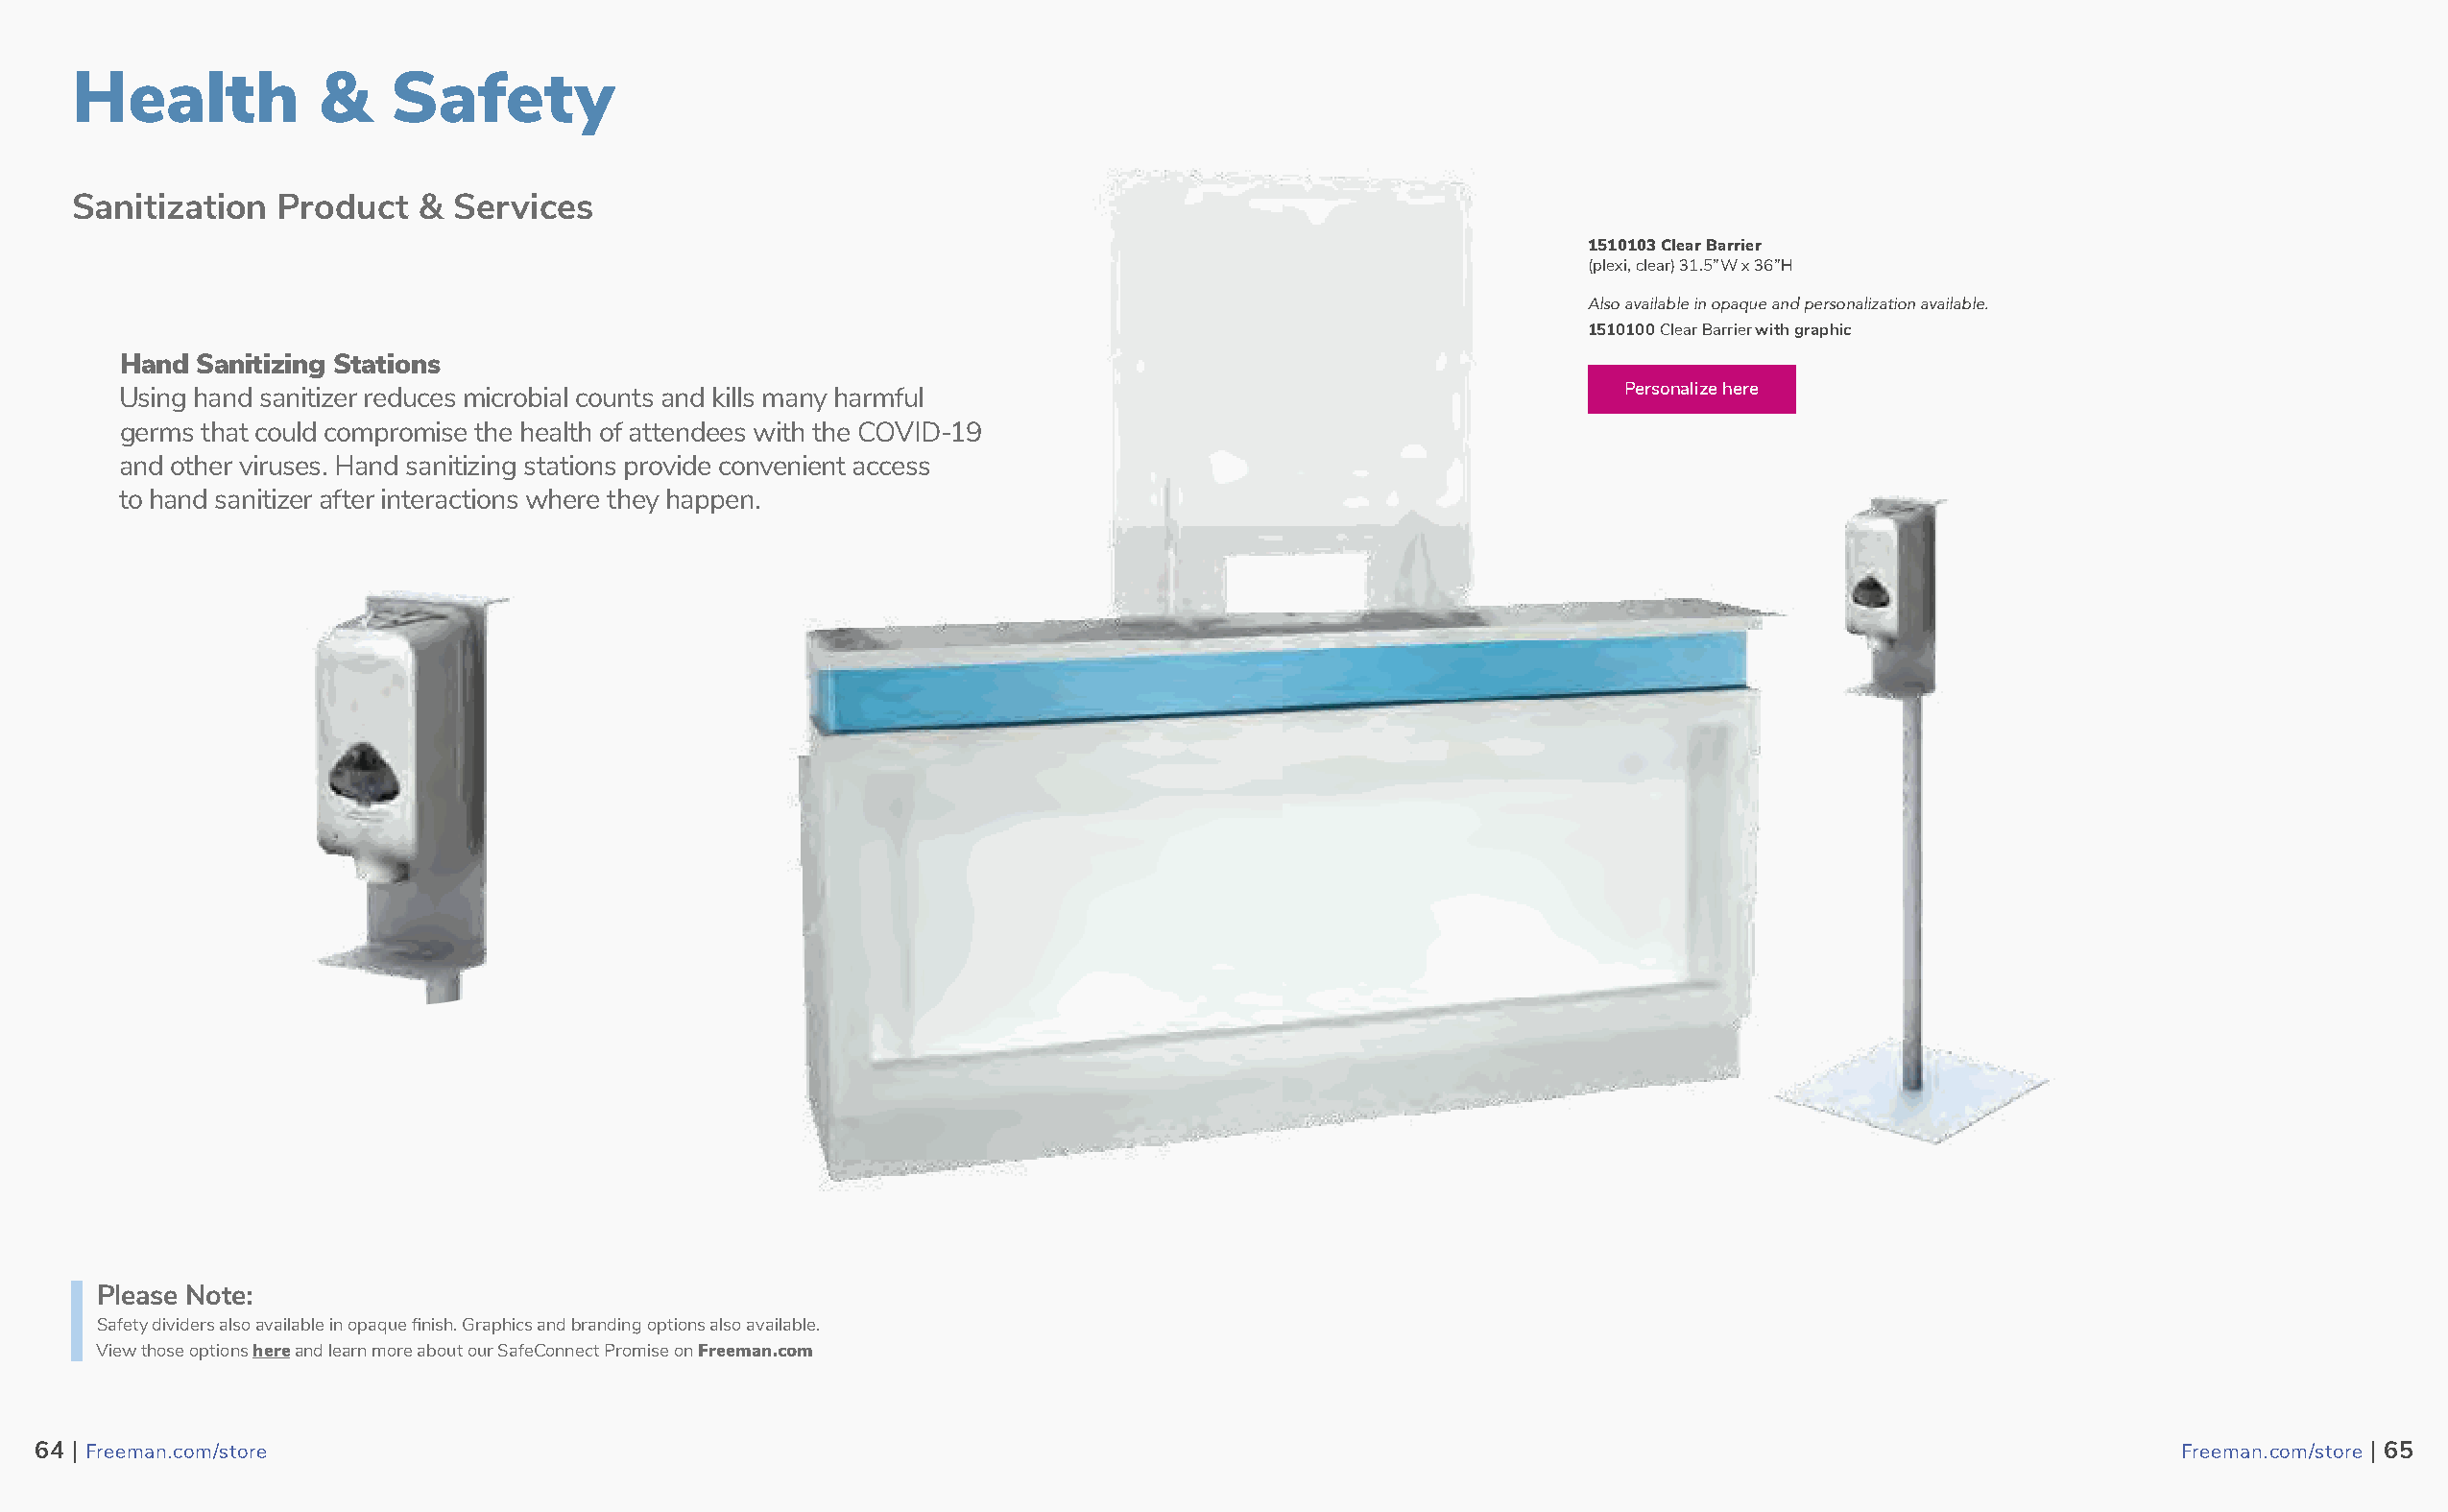
Health           &    Safety
 Sanitization  Product   & Services
 1510103 Clear Barrier
 (plexi, clear) 31.5”W x 36”H
 Also available in opaque and personalization available.
 1510100 Clear Barrier with graphic
 Hand  Sanitizing Stations
 Using hand sanitizer reduces microbial counts and kills many harmful                                    Personalize here
 germs that could compromise the health of attendees with the COVID-19
 and other viruses. Hand sanitizing stations provide convenient access
 to hand sanitizer after interactions where they happen.
 Please Note:
 Safety dividers also available in opaque finish. Graphics and branding options also available.
 View those options here and learn more about our SafeConnect Promise on Freeman.com
 6644 || FFrreeeemmaann..ccoomm//ssttoorree                                                                                                          FFrreeeemmaann..ccoomm//ssttoorree || 6655
 65                                                                                                                                                                 66